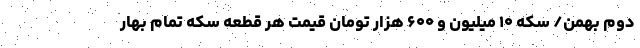
دوم بهمن/ سکه ۱۰ میلیون و ۶۰۰ هزار تومان قیمت هر قطعه سکه تمام بهار